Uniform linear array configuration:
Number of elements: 4
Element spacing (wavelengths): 0.75
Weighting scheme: uniform
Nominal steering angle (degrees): -30
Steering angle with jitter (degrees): -30.868
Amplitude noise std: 0.05
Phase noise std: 0.05

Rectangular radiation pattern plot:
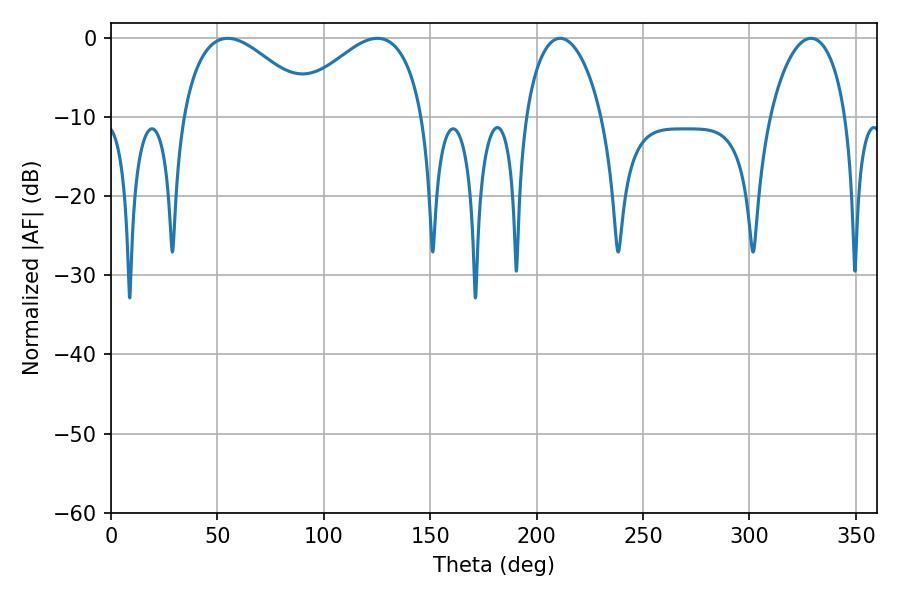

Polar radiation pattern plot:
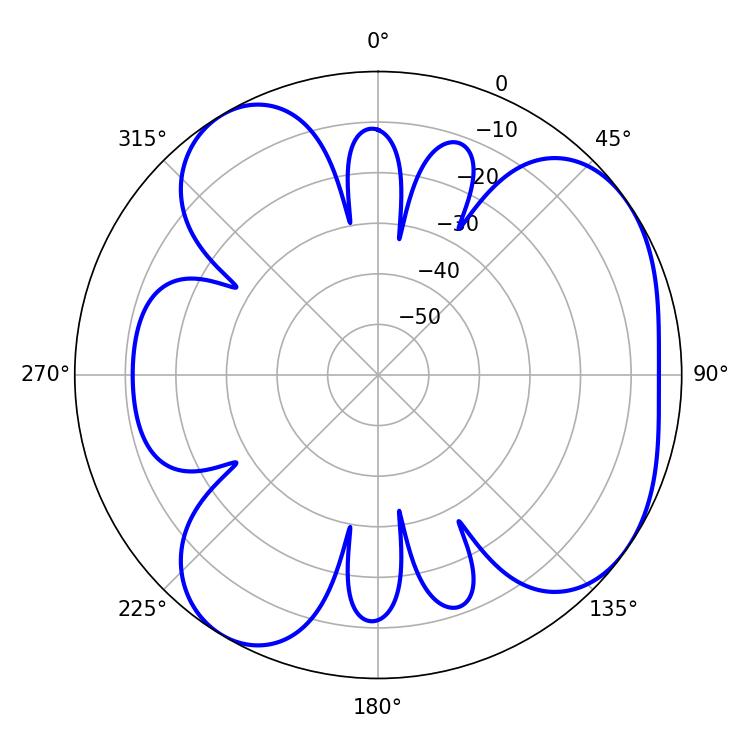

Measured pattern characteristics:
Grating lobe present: TRUE
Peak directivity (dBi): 5.176
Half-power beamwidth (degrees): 34.02
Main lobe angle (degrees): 54.9